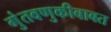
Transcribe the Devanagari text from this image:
गुंतवणुकीबाबत